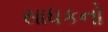
સાધકનો